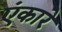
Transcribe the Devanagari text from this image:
एंकारे